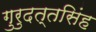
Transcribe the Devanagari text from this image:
गुरुदत्तसिंह